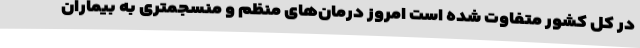
در کل کشور متفاوت شده است امروز درمان‌های منظم و منسجمتری به بیماران